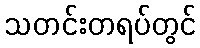
သတင်းတရပ်တွင်